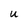
Character: U